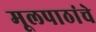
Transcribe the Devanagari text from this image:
मूलपाठांचे